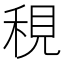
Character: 䅐